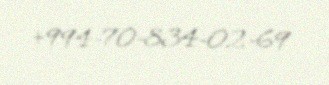
+994-70-834-02-69